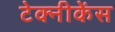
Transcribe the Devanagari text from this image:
टेक्नीकेंस